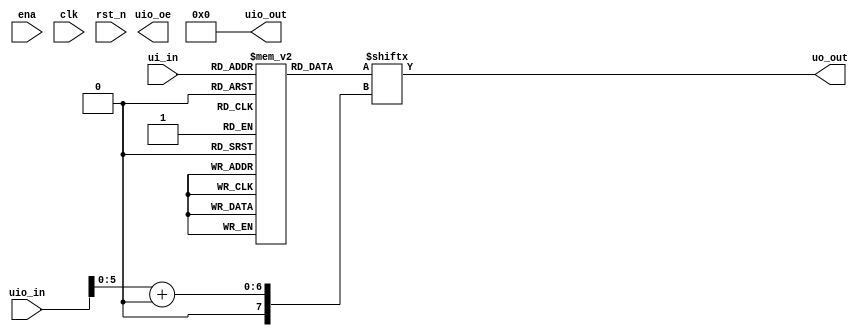
module tt_um_text_scroller(
	input  wire [7:0] ui_in,	// Dedicated inputs
	output wire [7:0] uo_out,	// Dedicated outputs
	input  wire [7:0] uio_in,	// IOs: Input path
	output wire [7:0] uio_out,// IOs: Output path
	output wire [7:0] uio_oe,	// IOs: Enable path (active high: 0=input, 1=output)
	input  wire       ena,
	input  wire       clk,
	input  wire       rst_n
);

	reg [47:0] font_data [0:255];

  reg [31:0] text = "Tiny";

  wire [5:0]index = uio_in[5:0];
	assign uo_out  = font_data[ui_in][index+:8];
	assign uio_out = 8'h00;

  // font is ~192 bytes, but actually less. Can reduce to roughly 72 bytes = 576 bits.
  
  // we render row by row, col by col, probably left to right.

  // given a bit:
  // row[col]
  
  // inputs
  // - font
  // - text

  // output
  // font[char_index][col][row]
  // easy for fixed font, we can increment char index after every five cols.
  // for dynamic font, we need to decide whether we incremenet char index.
  // on each clock: 
  // if last col, advance char counter
  // otherwise, advance col counter
  // last col = read from font[char][]

  // we need to render 8 cols at once

  // A (height = 8, each byte is one col)

endmodule